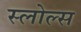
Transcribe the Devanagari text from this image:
स्लोल्स